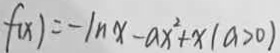
f ( x ) = - \ln x - a x ^ { 2 } + x ( a > 0 )